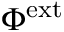
\Phi ^ { \mathrm { e x t } }